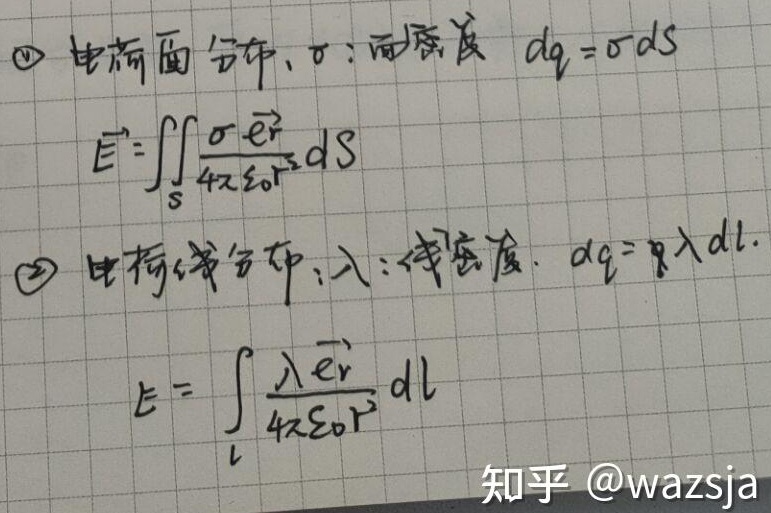
\textcircled{1} 电荷面分布，\(\sigma\)：面密度，\(dq = \sigma dS\)，\(\vec{E}=\iint_{S}\frac{\sigma \vec{e_{r}}}{4\pi \varepsilon_{0}r^{2}}dS\)。
\textcircled{2} 电荷线分布，\(\lambda\)：线密度，\(dq = \lambda dl\)，\(\vec{E}= \int_{l}\frac{\lambda \vec{e_{r}}}{4\pi \varepsilon_{0}r^{2}}dl\)。

知乎 @wazsja